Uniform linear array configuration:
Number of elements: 4
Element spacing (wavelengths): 0.75
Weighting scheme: cosine
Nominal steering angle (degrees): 45
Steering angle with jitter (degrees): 43.667
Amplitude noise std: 0.05
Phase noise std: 0.05

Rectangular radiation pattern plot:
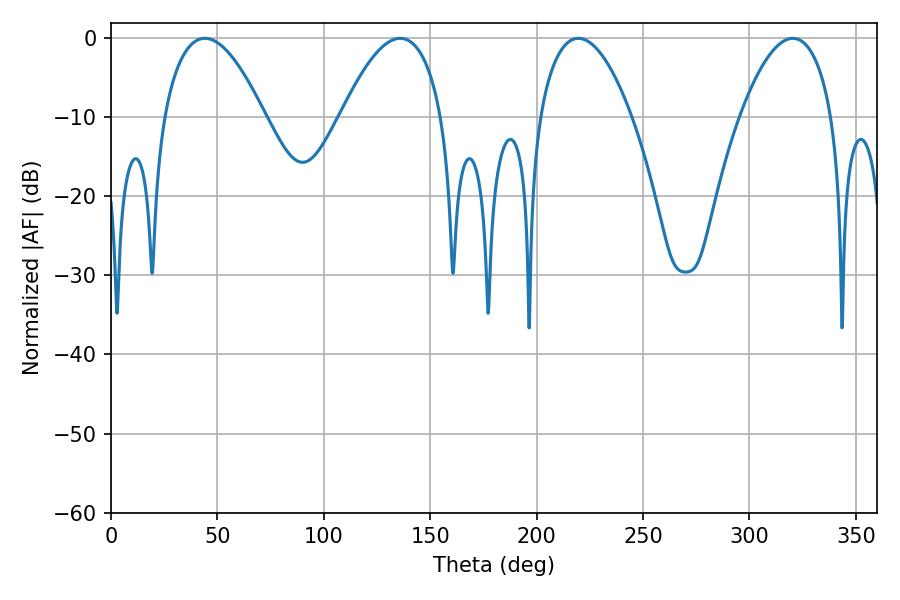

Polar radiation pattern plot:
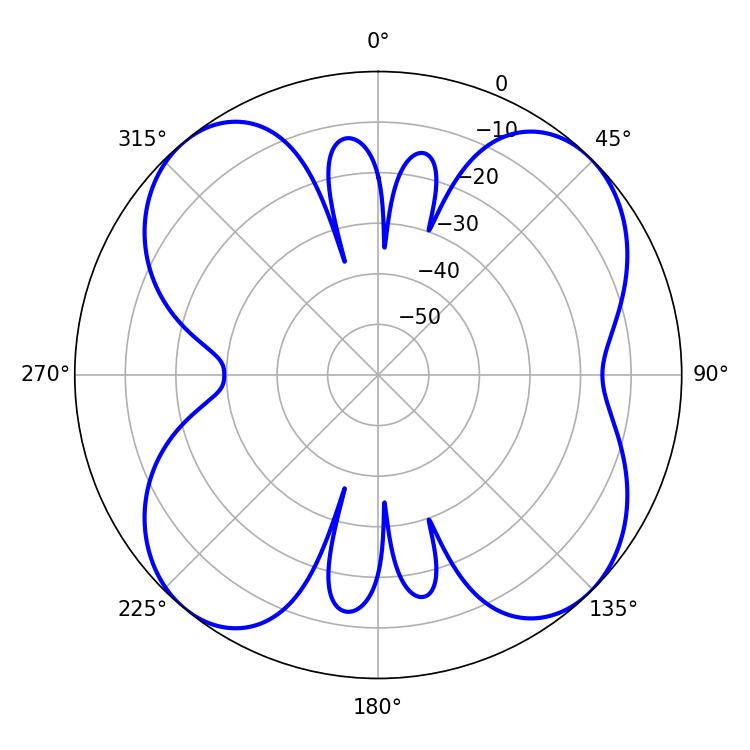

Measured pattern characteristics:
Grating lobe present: TRUE
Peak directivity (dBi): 12.045
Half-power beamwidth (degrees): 24.12
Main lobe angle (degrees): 219.6